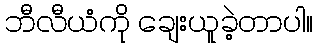
ဘီလီယံကို ချေးယူခဲ့တာပါ။